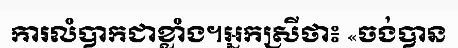
ការលំបាកជាខ្លាំង។អ្នកស្រីថា៖ «ចង់បាន